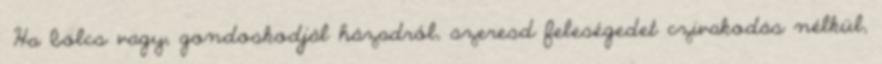
«Ha bölcs vagy, gondoskodjál házadról, szeresd feleségedet czivakodás nélkül,